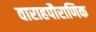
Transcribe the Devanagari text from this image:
वाराहपौराणिक